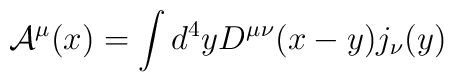
{\cal A}^\mu (x) = \int d^4 y D^{\mu\nu} (x-y) j_\nu (y)